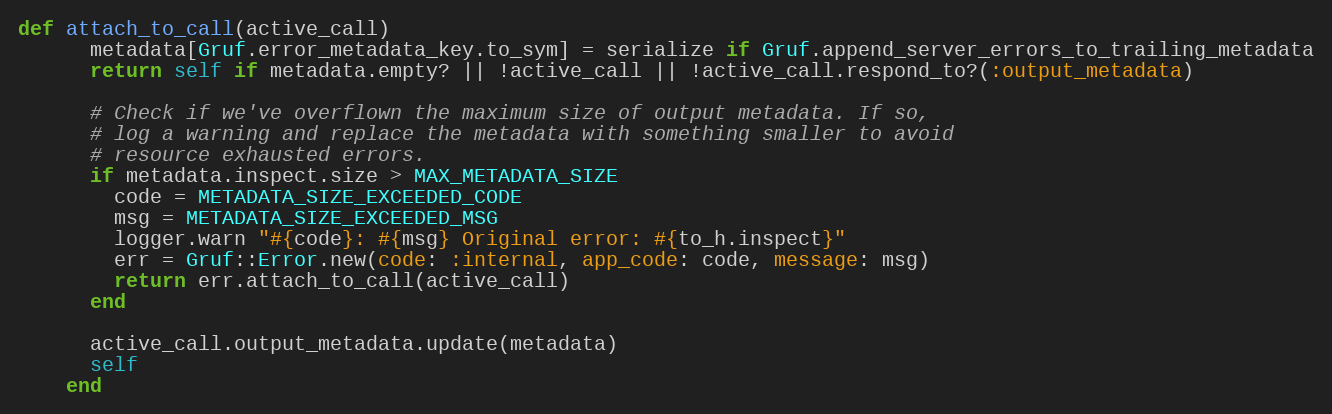
Language: Ruby
def attach_to_call(active_call)
      metadata[Gruf.error_metadata_key.to_sym] = serialize if Gruf.append_server_errors_to_trailing_metadata
      return self if metadata.empty? || !active_call || !active_call.respond_to?(:output_metadata)

      # Check if we've overflown the maximum size of output metadata. If so,
      # log a warning and replace the metadata with something smaller to avoid
      # resource exhausted errors.
      if metadata.inspect.size > MAX_METADATA_SIZE
        code = METADATA_SIZE_EXCEEDED_CODE
        msg = METADATA_SIZE_EXCEEDED_MSG
        logger.warn "#{code}: #{msg} Original error: #{to_h.inspect}"
        err = Gruf::Error.new(code: :internal, app_code: code, message: msg)
        return err.attach_to_call(active_call)
      end

      active_call.output_metadata.update(metadata)
      self
    end